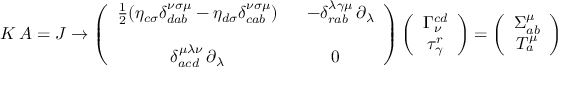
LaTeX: K \, A = J \rightarrow \left( \begin{array} { c c } { { \frac { 1 } { 2 } ( \eta _ { c \sigma } \delta _ { d a b } ^ { \nu \sigma \mu } - \eta _ { d \sigma } \delta _ { c a b } ^ { \nu \sigma \mu } ) } } & { { \ \ - \delta _ { r a b } ^ { \lambda \gamma \mu } \, \partial _ { \lambda } } } \\ { { } } & { { } } \\ { { \delta _ { a c d } ^ { \mu \lambda \nu } \, \partial _ { \lambda } } } & { { 0 } } \end{array} \right) \left( \begin{array} { c } { { \Gamma _ { \nu } ^ { c d } } } \\ { { \tau _ { \gamma } ^ { r } } } \end{array} \right) = \left( \begin{array} { c } { { \Sigma _ { a b } ^ { \mu } } } \\ { { T _ { a } ^ { \mu } } } \end{array} \right)